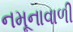
નમૂનાવાળી